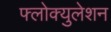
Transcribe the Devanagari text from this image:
फ्लोक्युलेशन